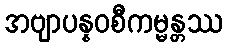
အဗျာပန္နဝစီကမ္မန္တဿ